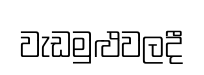
වැඩමුළුවලදී